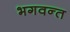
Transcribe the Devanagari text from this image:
भगवन्‍त